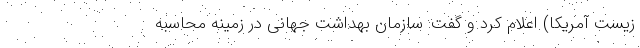
زیست آمریکا) اعلام کرد و گفت: سازمان بهداشت جهانی در زمینه محاسبه